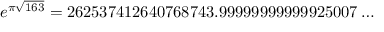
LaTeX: e ^ { \pi { \sqrt { 1 6 3 } } } = 2 6 2 5 3 7 4 1 2 6 4 0 7 6 8 7 4 3 . 9 9 9 9 9 9 9 9 9 9 9 9 2 5 0 0 7 \dots